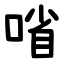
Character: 㗂